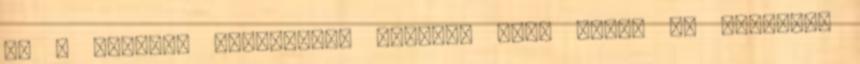
és a kórházi napidíjat, előbbit csak abban az esetben,